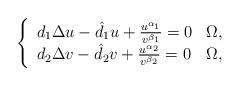
LaTeX: \begin{align*}\left\{ \begin{array}{ll}d_{1}\Delta u-\hat{d}_{1}u+\frac{u^{\alpha _{1}}}{v^{\beta _{1}}}=0 & \Omega , \\ d_{2}\Delta v-\hat{d}_{2}v+\frac{u^{\alpha _{2}}}{v^{\beta _{2}}}=0 & \Omega ,\end{array}\right. \end{align*}